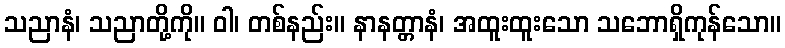
သညာနံ၊ သညာတို့ကို။ ဝါ၊ တစ်နည်း။ နာနတ္တာနံ၊ အထူးထူးသော သဘောရှိကုန်သော။